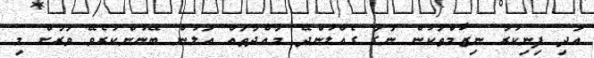
އަދި ފިނިކުރާ ނިޒާމްތަކުން ނަގާ ގެއްލުންދޭ މާއްދާތައް އަލުން ބޭނުންކުރެވޭ ވަރަށް މި